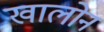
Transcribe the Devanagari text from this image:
खालोन